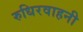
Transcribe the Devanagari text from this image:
रुधिरवाहनी